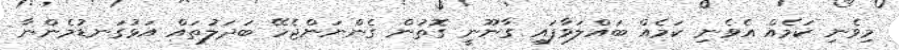
މިވެނި ކަމެއް އެވެނި ކަމެއް ބައްލަވާފައި ގާނޫނީ ގޮތުން ގެންނަންޖެހޭ ބަދަލުތައް އަޅުގަނޑުމެންނާ